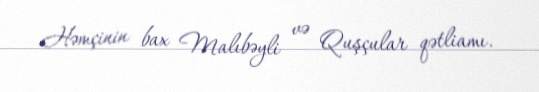
Həmçinin bax Malıbəyli və Quşçular qətliamı.